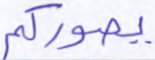
يصوركم